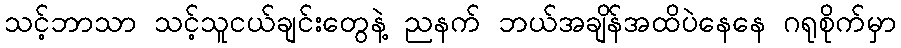
သင့်ဘာသာ သင့်သူငယ်ချင်းတွေနဲ့ ညနက် ဘယ်အချိန်အထိပဲနေနေ ဂရုစိုက်မှာ